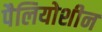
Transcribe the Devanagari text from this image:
पैलियोशीन